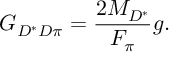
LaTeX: G _ { D ^ { \ast } D \pi } = \frac { 2 M _ { D ^ { \ast } } } { F _ { \pi } } g .